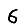
Digit: 6